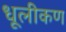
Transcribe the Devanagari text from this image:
धूलीकण